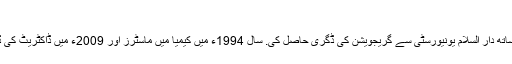
[3][4]
انہوں نے 1988ء میں کیمیا اور ریاضی کے ساتھ دار السلام یونیورسٹی سے گریجویشن کی ڈگری حاصل کی. سال 1994ء میں کیمیا میں ماسٹرز اور 2009ء میں ڈاکٹریٹ کی ڈگری دار السلام یونیورسٹی سے ہی حاصل کی۔